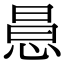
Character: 𢛝